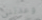
وعدتني